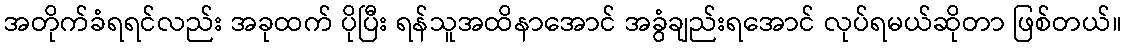
အတိုက်ခံရရင်လည်း အခုထက် ပိုပြီး ရန်သူအထိနာအောင် အခွံချည်းရအောင် လုပ်ရမယ်ဆိုတာ ဖြစ်တယ်။